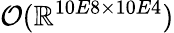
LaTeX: \mathcal{O}(\mathbb{R}^{10E8\times 10E4})